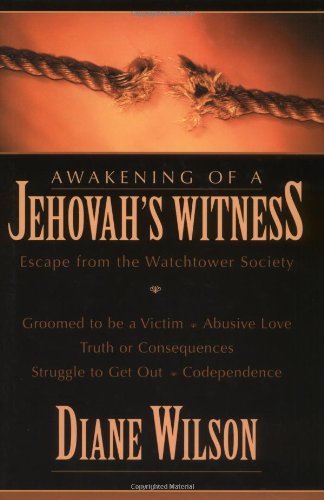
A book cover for Awakening of a Jehovah's Witness: Escape from the Watchtower Society; Diane Wilson; Christian Books & Bibles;